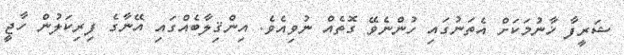
ޝަރީފާ ޚާނުމަކަށް އެތަނުގައި ހުންނެވޭ ގޮތެއް ނުވިއެވެ. އިންޤިލާބެއްގައި އޭނާގެ ފިރިކަލުން ހާޖީ